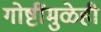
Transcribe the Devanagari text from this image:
गोष्टींमुळेही